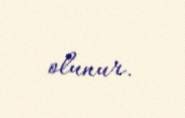
olunur.